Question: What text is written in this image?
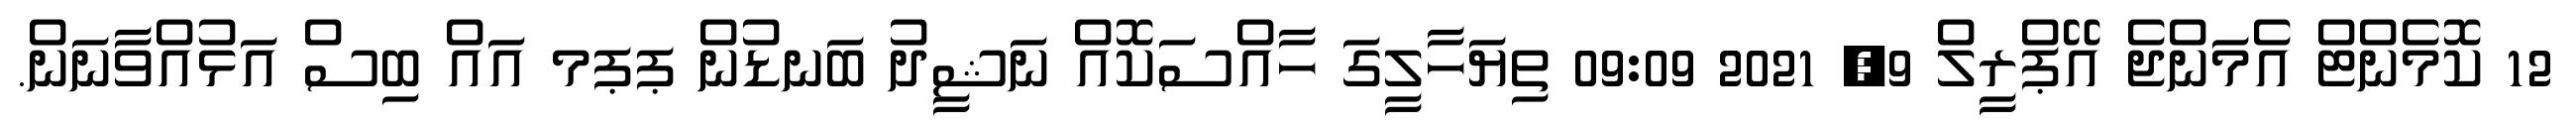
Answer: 12 ކޮމެންޓް އެމަންޖެ އޭޕްރީލް 9, 2021 09:09 ތިޔަހާލީގަ ހާއްސަކޮއް ނަޝީދު ބަނޑުން ޕޕމ އައް ބިސް އަޅުއްވާނަން.